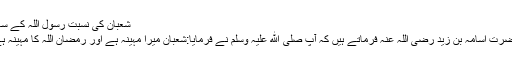
شعبان کی نسبت رسول اللہ کے ساتھ
حضرت اسامہ بن زید رضی اللہ عنہ فرماتے ہیں کہ آپ صلی الله علیہ وسلم نے فرمایا:شعبان میرا مہینہ ہے اور رمضان اللہ کا مہینہ ہے۔